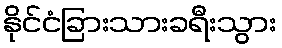
နိုင်ငံခြားသားခရီးသွား